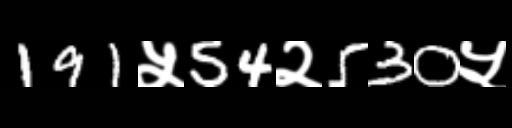
Text: 191५54२530५